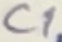
Text: C1